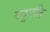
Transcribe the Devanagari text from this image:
यदुपति